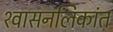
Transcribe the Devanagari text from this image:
श्‍वासनलिकांत